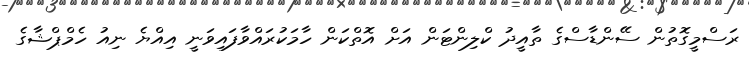
ރަސްމީގޮތުން ސޭންޑާސްގެ ތާއީދު ކްލިންޓަން އަށް އޮތްކަން ހާމަކުރައްވާފައިވަނީ އިއްޔެ ނިއު ހެމްޕްޝާގެ